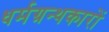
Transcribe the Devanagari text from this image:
धर्मग्रन्थकारों